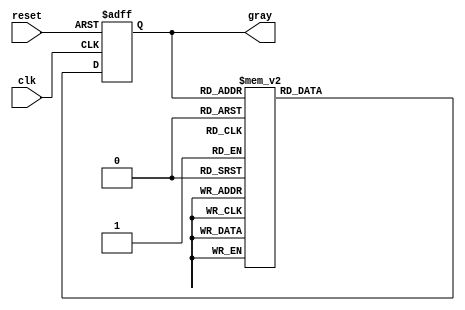
module gray_code_async_counter (
    input wire clk,         // Asynchronous clock signal
    input wire reset,       // Asynchronous reset signal
    output reg [2:0] gray   // 3-bit Gray Code output
);

// Internal signals for the next state
reg [2:0] next_gray;

// Combinational logic to generate the next Gray Code state
always @(*) begin
    case (gray)
        3'b000: next_gray = 3'b001;
        3'b001: next_gray = 3'b011;
        3'b011: next_gray = 3'b010;
        3'b010: next_gray = 3'b110;
        3'b110: next_gray = 3'b111;
        3'b111: next_gray = 3'b101;
        3'b101: next_gray = 3'b100;
        3'b100: next_gray = 3'b000;
        default: next_gray = 3'b000; // Default case for safety
    endcase
end

// Asynchronous reset and clock edge detection
always @(posedge clk or posedge reset) begin
    if (reset) begin
        gray <= 3'b000; // Initialize to the first Gray Code value
    end else begin
        gray <= next_gray; // Update the state on clock edge
    end
end

endmodule